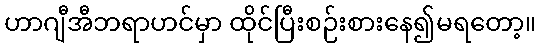
ဟာဂျီအီဘရာဟင်မှာ ထိုင်ပြီးစဉ်းစားနေ၍မရတော့။